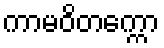
ကာမဝိတက္ကော